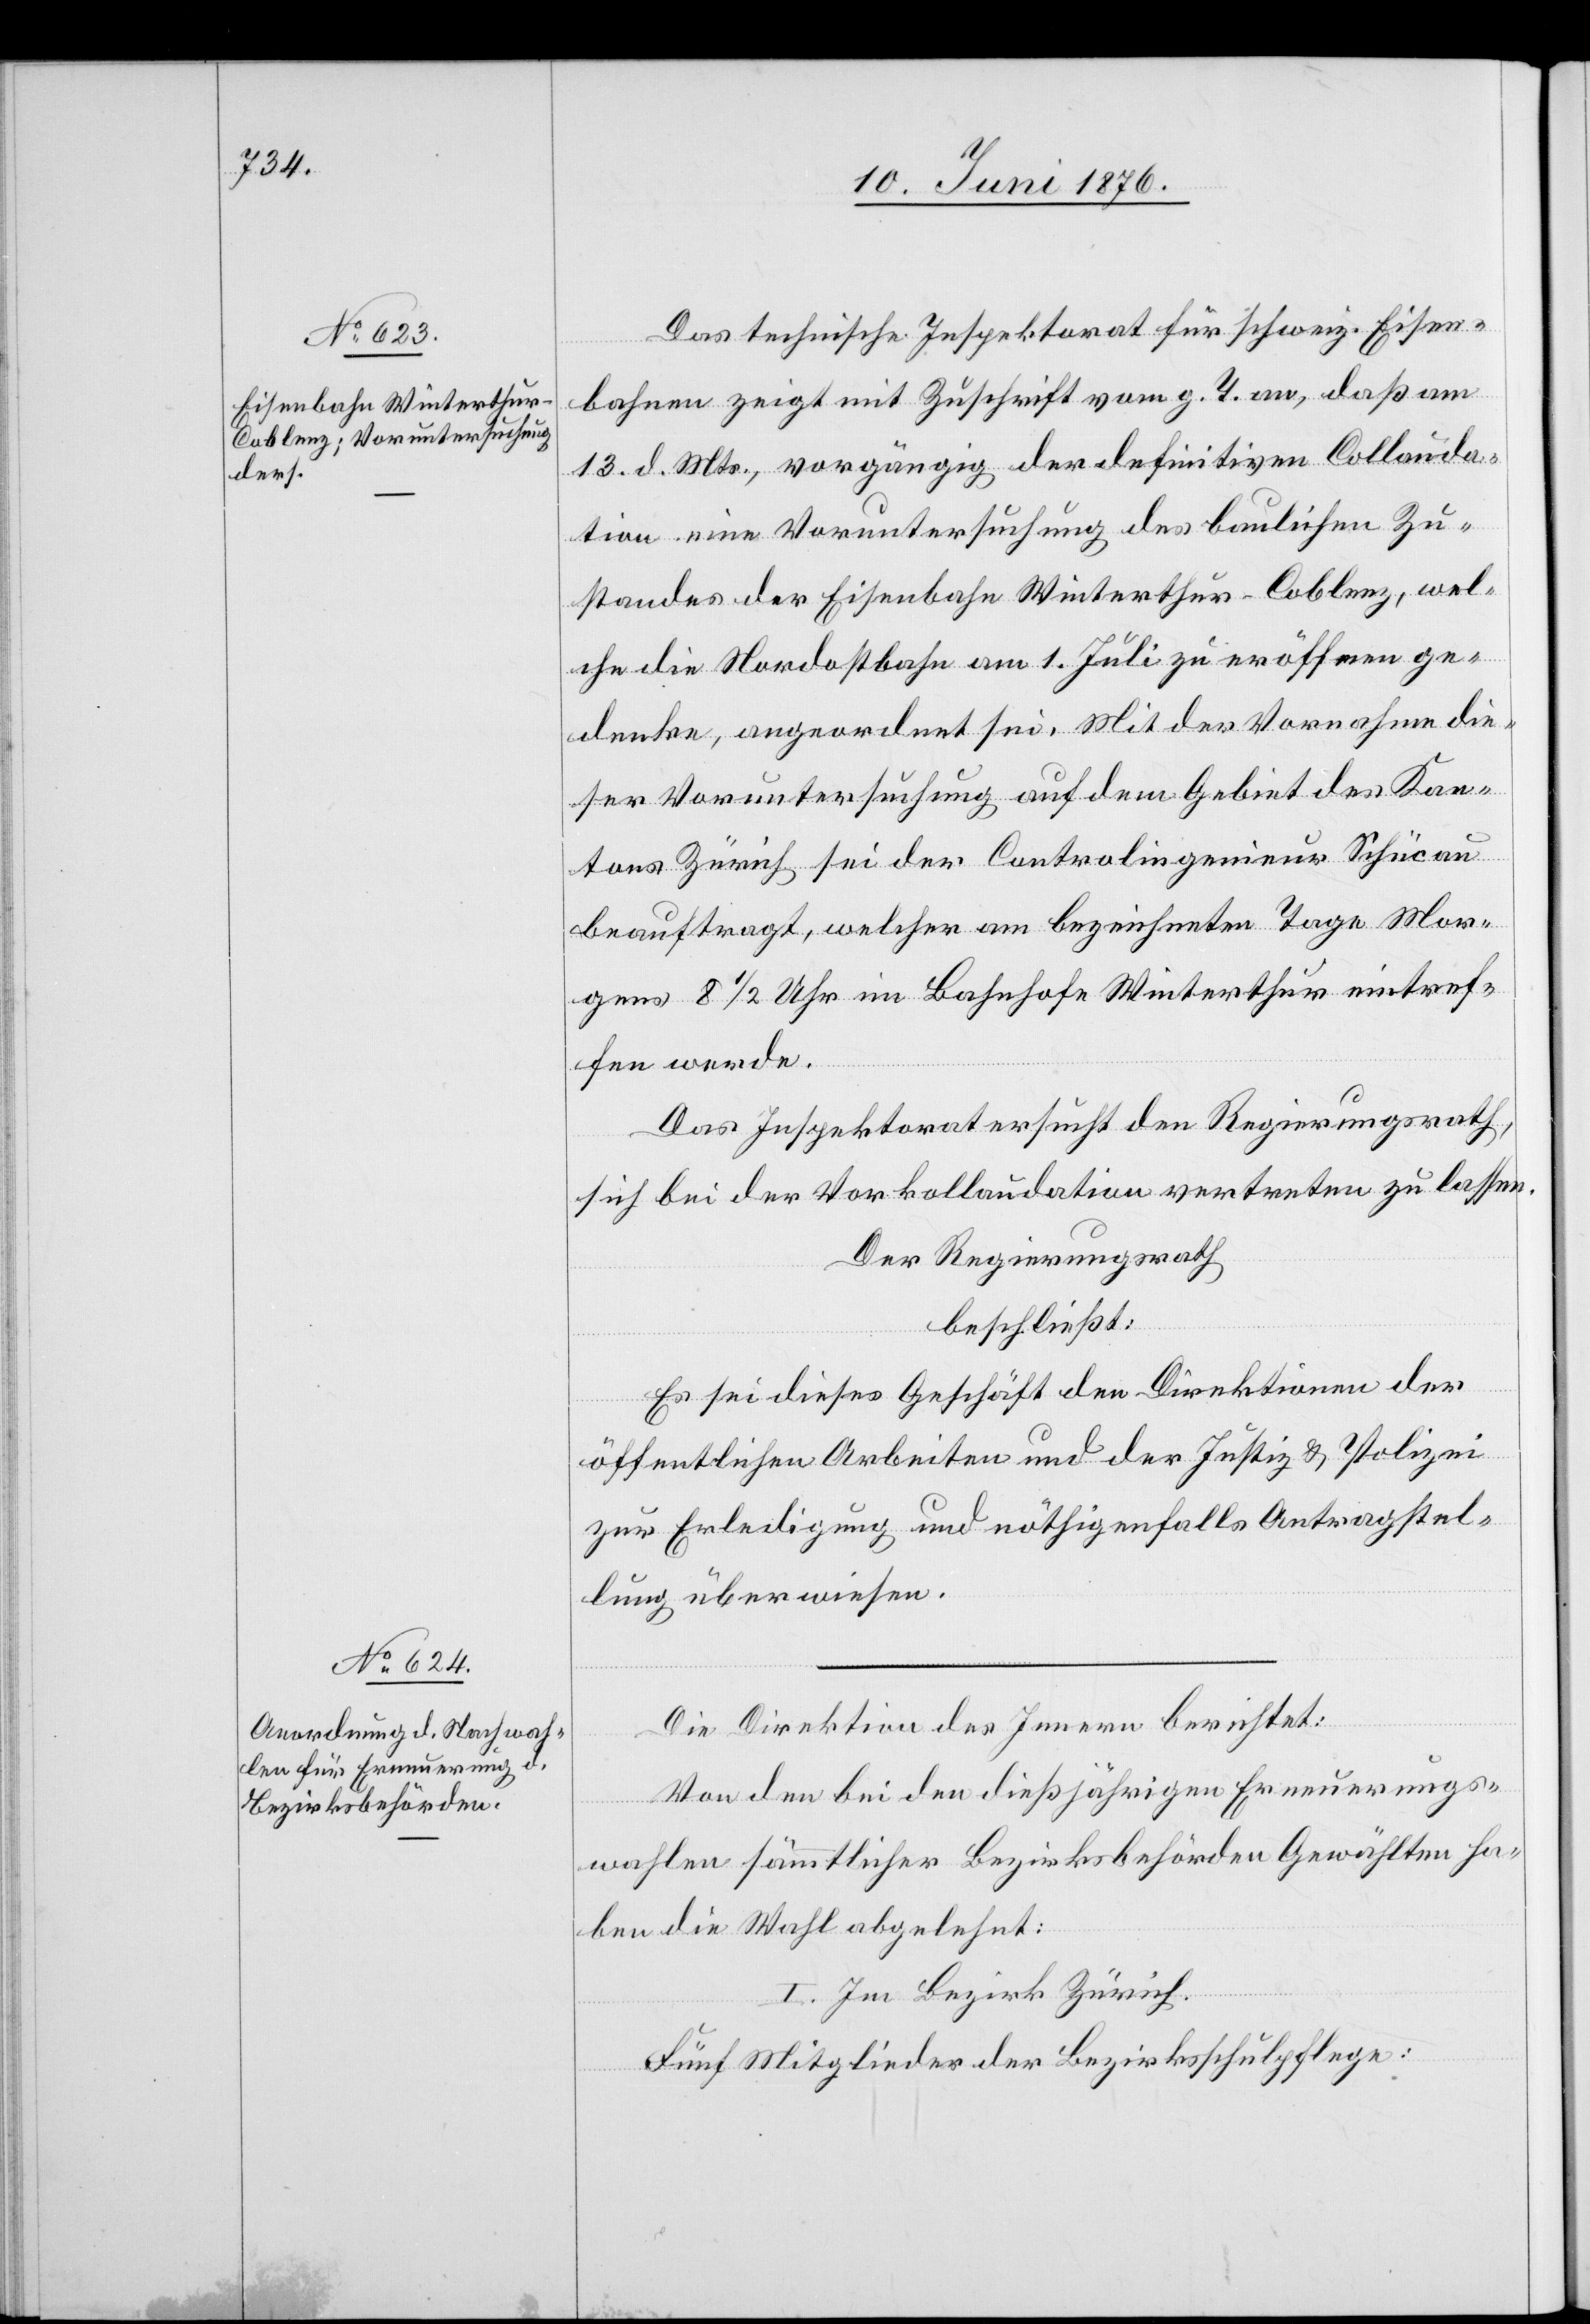
Das technische Inspektorat für schweiz. Eisen¬
bahnen zeigt mit Zuschrift vom g. T. an, daß am
13. d. Mts., vorgängig der definitiven Collauda¬
tion eine Voruntersuchung des baulichen Zu¬
standes der Eisenbahn Winterthur–Coblenz, wel¬
che die Nordostbahn am 1. Juli zu eröffnen ge¬
denke, angeordnet sei. Mit der Vornahme die¬
ser Voruntersuchung auf dem Gebiet des Kan¬
tons Zürich sei der Controlingenieur Schücau
beauftragt, welcher am bezeichneten Tage Mor¬
gens 8 1/2 Uhr im Bahnhofe Winterthur eintref¬
fen werde.
Das Inspektorat ersucht der Regierungsrath,
sich bei der Vorkollaudation vertreten zu lassen.
Der Regierungsrath
beschließt:
Es sei dieses Geschäft den Direktionen der
öffentlichen Arbeiten und der Justiz & Polizei
zur Erledigung und nöthigenfalls Antragstel¬
lung überwiesen.
Die Direktion des Innern berichtet:
Von den bei den dießjährigen Erneuerungs¬
wahlen sämmtlicher Bezirksbehörden Gewählten ha¬
ben die Wahl abgelehnt:
I. Im Bezirk Zürich.
Fünf Mitglieder der Bezirksschulpflege: